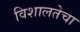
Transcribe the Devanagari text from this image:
विशालतेचा